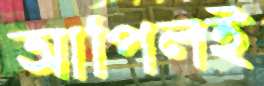
আপিলই